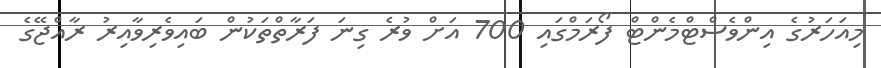
މިއަހަރުގެ އިންވެސްޓްމެންޓް ފޯރަމްގައި 700 އަށް ވުރެ ގިނަ ފަރާތްތަކުން ބައިވެރިވާއިރު ރާއްޖޭގެ